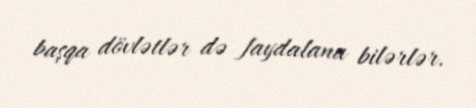
başqa dövlətlər də faydalana bilərlər.